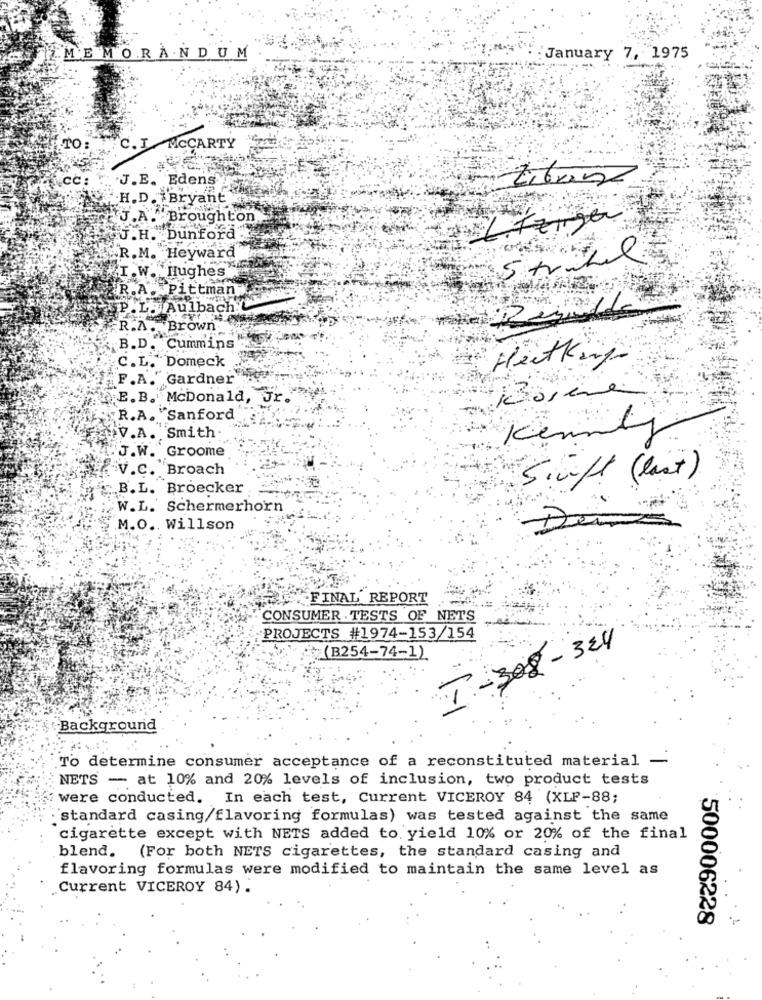
MEMORANDUM
: January 7, 1975
TO:
C. I MCCARTY
cc:
J.E. Edens
Librin
H.D. Bryant
.A . Broughton
Líziger
J.H. Dunford
R.M. Heyward
I .W. Hughes
R.A. Pittman
P.L . Aulbach.
R.A. Brown
B.D. Cummins
C.L. Domeck
Heitking
F.A. Gardner
E. B. McDonald, Jr.
R.A. "Sanford
V.A. Smith
Kennt
J.W. Groome
V.c. Broach
Sinft (last)
B.L. Broecker
W.L. Schermerhorn
.M.O ., Willson
FINAL REPORT
CONSUMER . TESTS OF NETS
PROJECTS #1974-153/154
T-308 - 324
(B254-74-1)
Background
To determine consumer acceptance of a reconstituted material -
NETS - at 10% and 20% levels of inclusion, two product tests
were conducted. In each test, Current VICEROY 84 (XLF-88;
"standard casing/flavoring formulas) was tested against the same
cigarette except with NETS added to yield 10% or 20% of the final
blend. (For both NETS cigarettes, the standard casing and
flavoring formulas were modified to maintain the same level as
Current VICEROY 84).
500006228